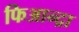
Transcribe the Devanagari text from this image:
फिआन्द्रा